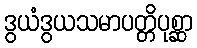
ဒွယံဒွယသမာပတ္တိပုစ္ဆာ